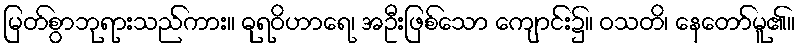
မြတ်စွာဘုရားသည်ကား။ ဓုရဝိဟာရေ၊ အဦးဖြစ်သော ကျောင်း၌။ ဝသတိ၊ နေတော်မူ၏။